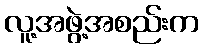
လူ့အဖွဲ့အစည်းက